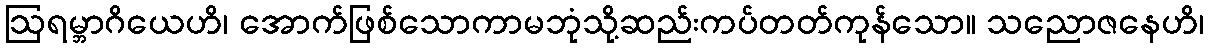
ဩရမ္ဘာဂိယေဟိ၊ အောက်ဖြစ်သောကာမဘုံသို့ဆည်းကပ်တတ်ကုန်သော။ သညောဇနေဟိ၊